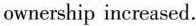
ownersbip increased